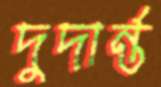
দুদার্ন্ত